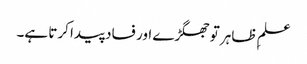
علمِ ظاہر تو جھگڑے اور فساد پیدا کرتا ہے۔